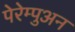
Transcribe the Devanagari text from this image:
पेरेम्पुअन